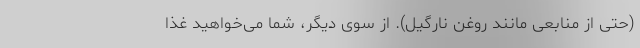
(حتی از منابعی مانند روغن نارگیل). از سوی دیگر، شما می‌خواهید غذا